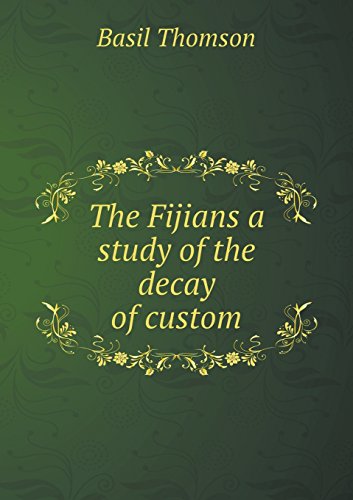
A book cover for The Fijians a study of the decay of custom; Basil Thomson; History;